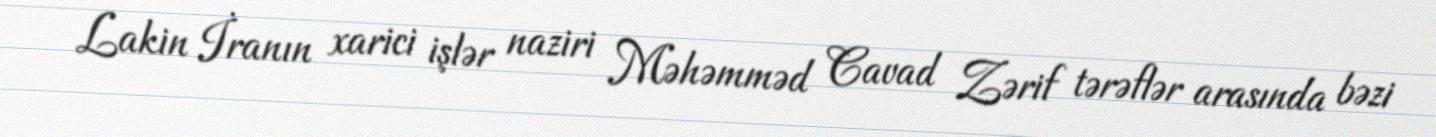
Lakin İranın xarici işlər naziri Məhəmməd Cavad Zərif tərəflər arasında bəzi